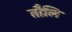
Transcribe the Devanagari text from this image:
तौलि